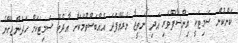
ކަންކުން ސަމިޓަކީ އިންސާފްވެރި އަދި ނަތީޖާ ނެރެވޭފަދަ އެއްބަސްވުމަކަށް އާދެވޭ ސަމިޓަކަށް ހަދަންޖެހޭނެ